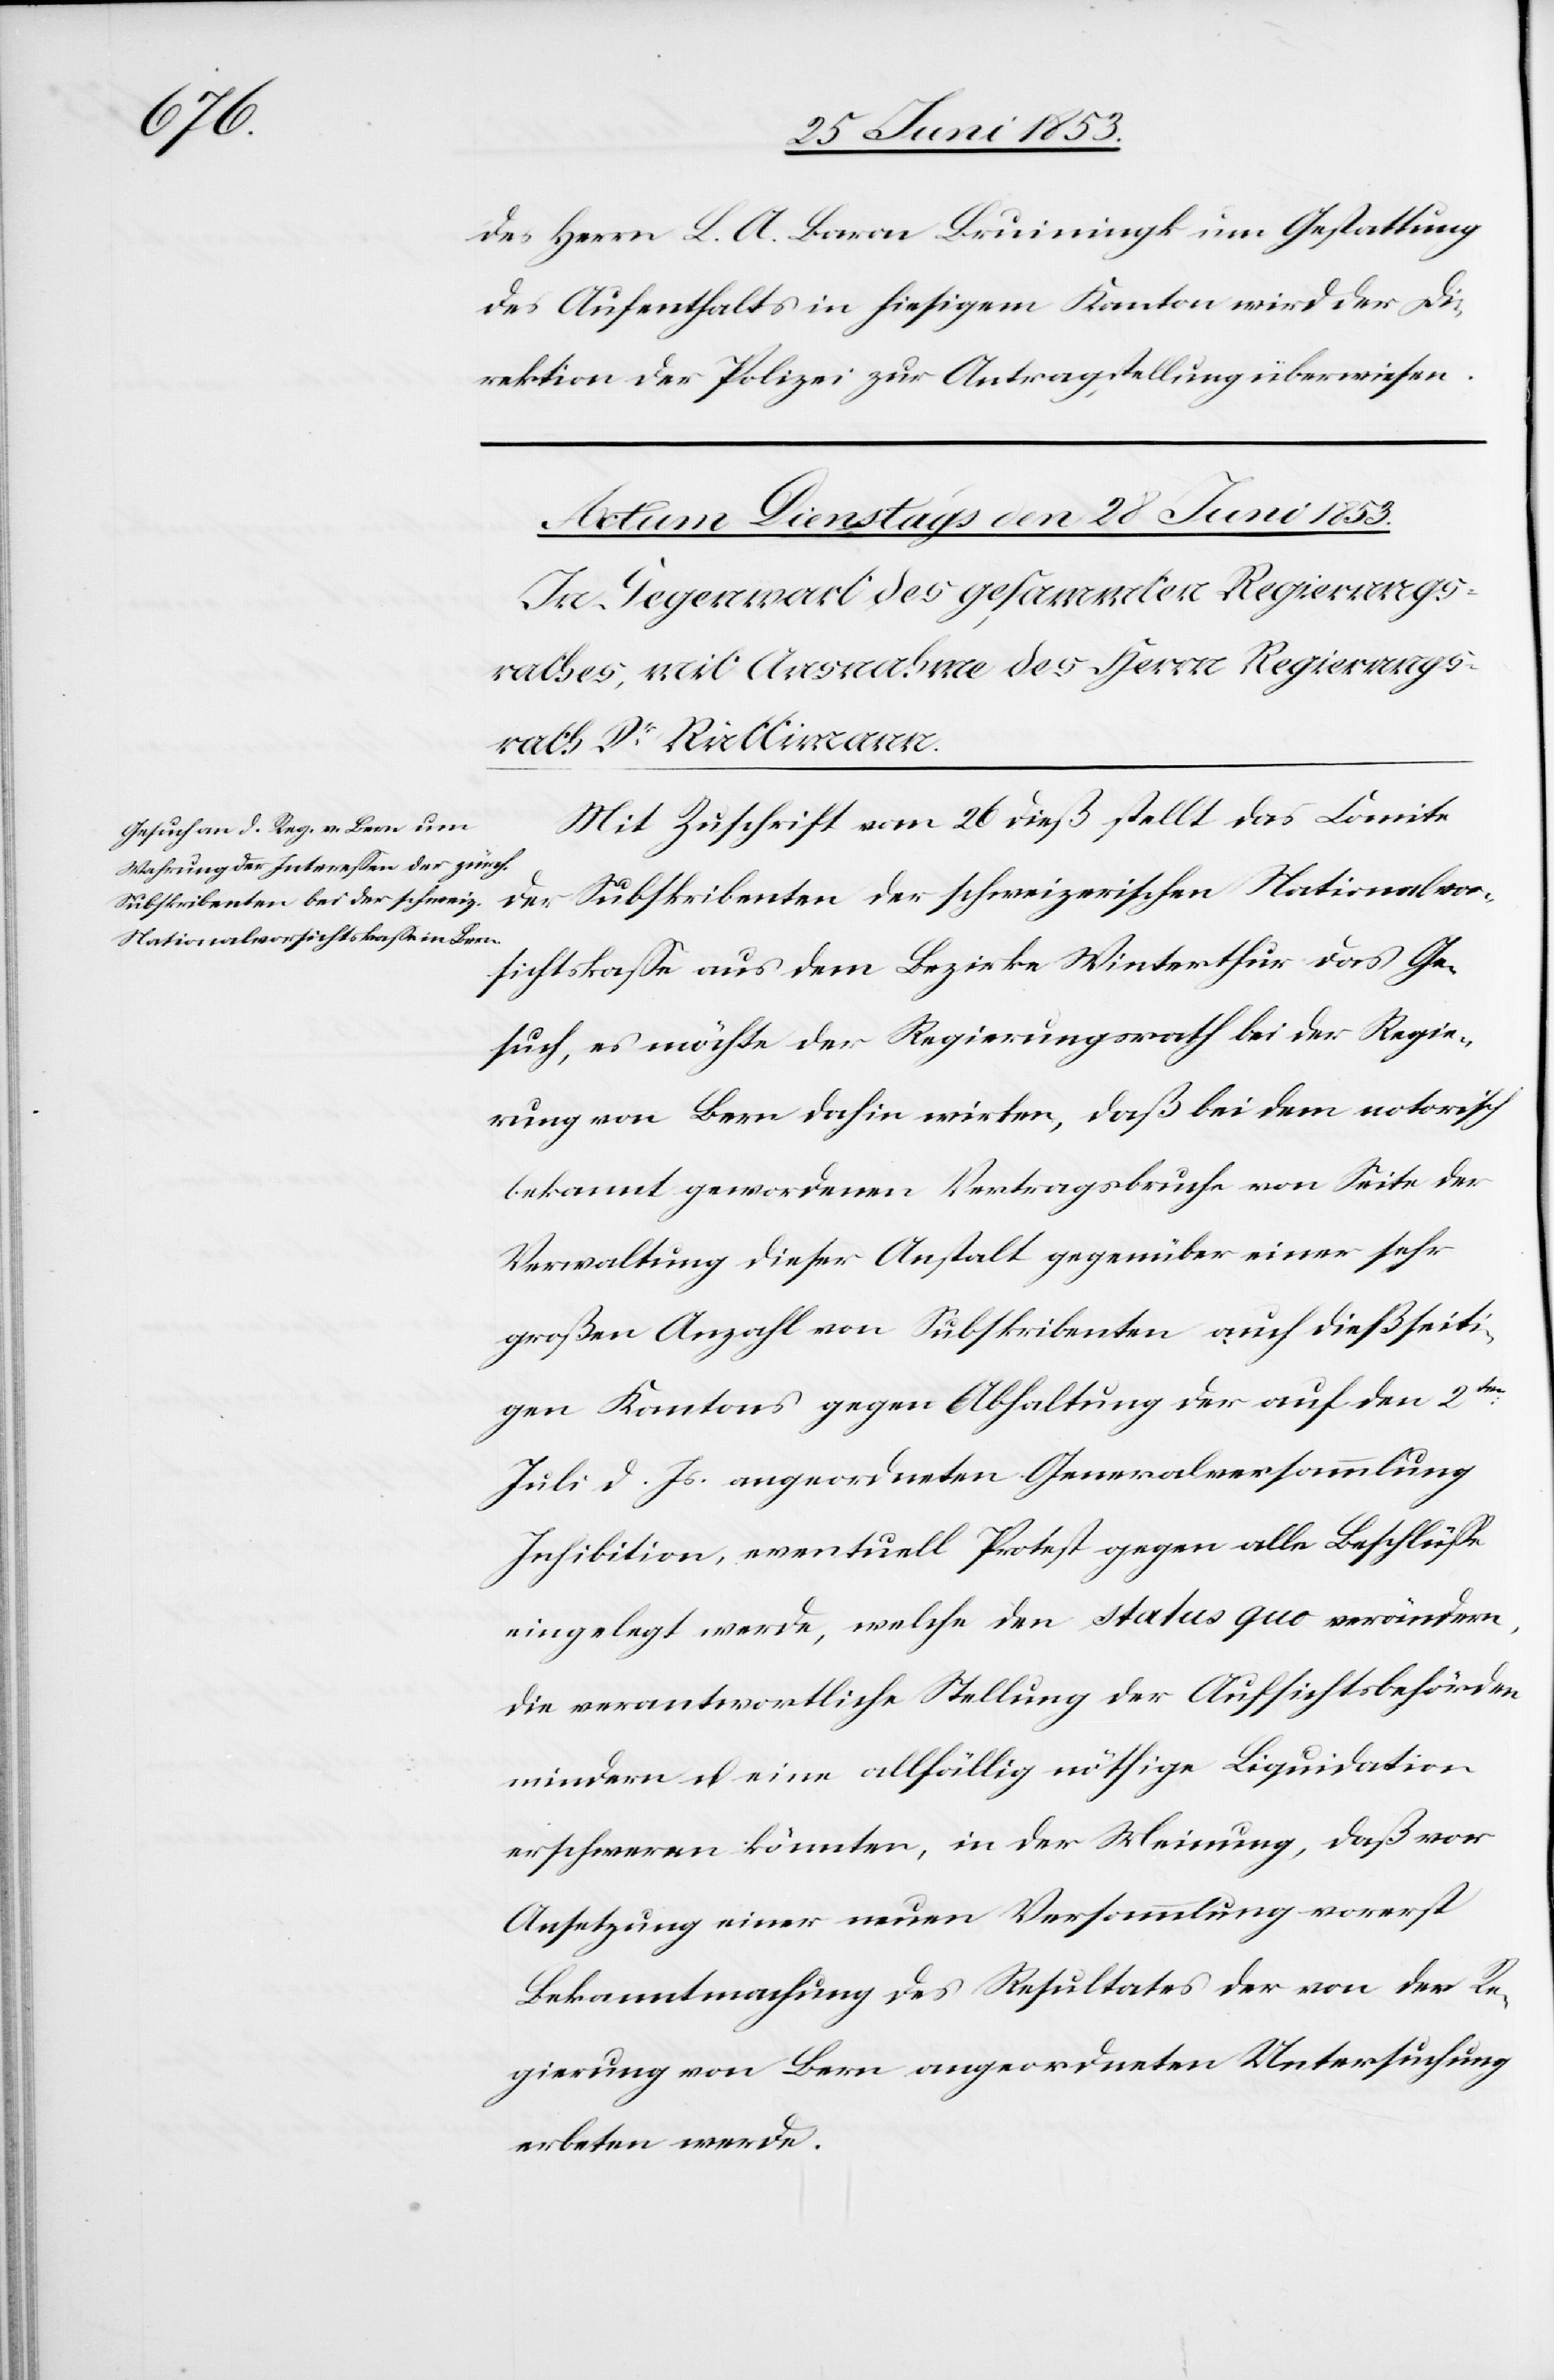
des Herrn L. A. Bruiningk um Gestattung
des Aufenthaltes in hiesigen Kanton wird der Di¬
rektion der Polizei zur Antragstellung überwiesen.
Mit Zuschrift vom 26 dieß stellt das Comite
der Subskribenten der schweizerischen Nationalvor¬
sichtskaße aus dem Bezirke Winterthur das Ge¬
such, es möchte der Regierungsrath bei der Regie¬
rung von Bern dahin wirken, daß bei dem notorisch
bekannt gewordenen Vertragsbruche von Seite der
Verwaltung dieser Anstalt gegenüber einer sehr
großen Anzahl von Subskribenten auch dießseiti¬
gen Kantons gegen Abhaltung der auf den 2ten.
Juli d. Js. angeordneten Generalversammlung
Inhibition, eventuell Protest gegen alle Beschlüße
eingelegt werde, welche den Status quo verändern,
die verantwortliche Stellung der Aufsichtsbehörden
mindern u. eine allfällige nöthige Liquidation
erschweren könnten, in der Meinung, daß vor
Ansetzung einer neuen Versammlung vorerst
Bekanntmachung des Resultates der von der Re¬
gierung von Bern angeordneten Untersuchung
erbeten werde.